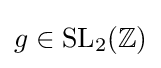
g\in {\text{SL}}_{2}(\mathbb {Z} )